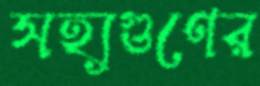
সহ্যগুণের